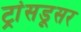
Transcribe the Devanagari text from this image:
ट्रांसडूसर